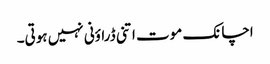
اچانک موت اتنی ڈراؤنی نہیں ہوتی۔